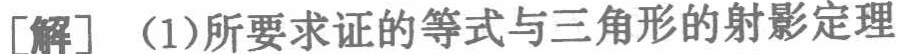
[解] (1)所要求证的等式与三角形的射影定理